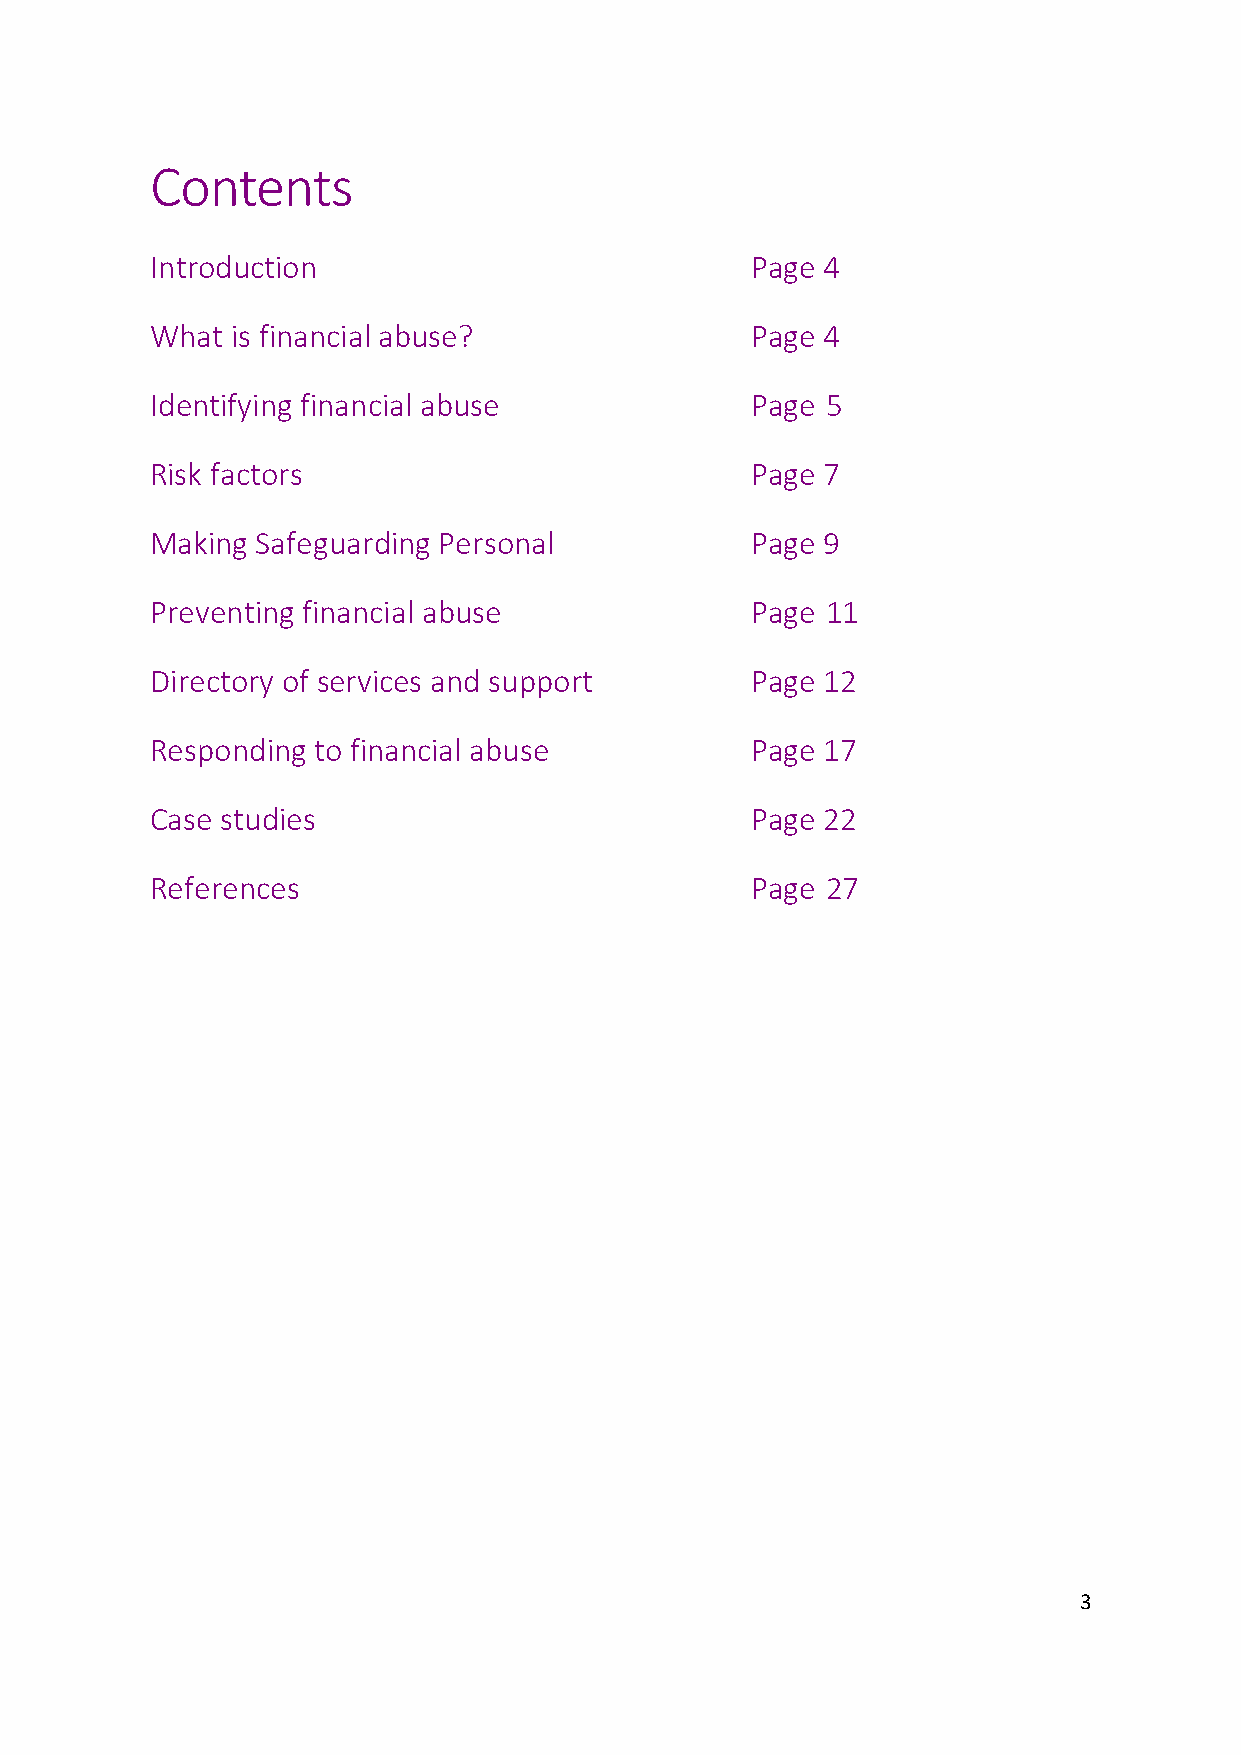
Contents
 Introduction                            Page 4
 What is financial abuse?                Page 4
 Identifying financial abuse             Page 5
 Risk factors                            Page 7
 Making Safeguarding Personal            Page 9
 Preventing financial abuse              Page 11
 Directory of services and support       Page 12
 Responding to financial abuse           Page 17
 Case studies                            Page 22
 References                              Page 27
 3